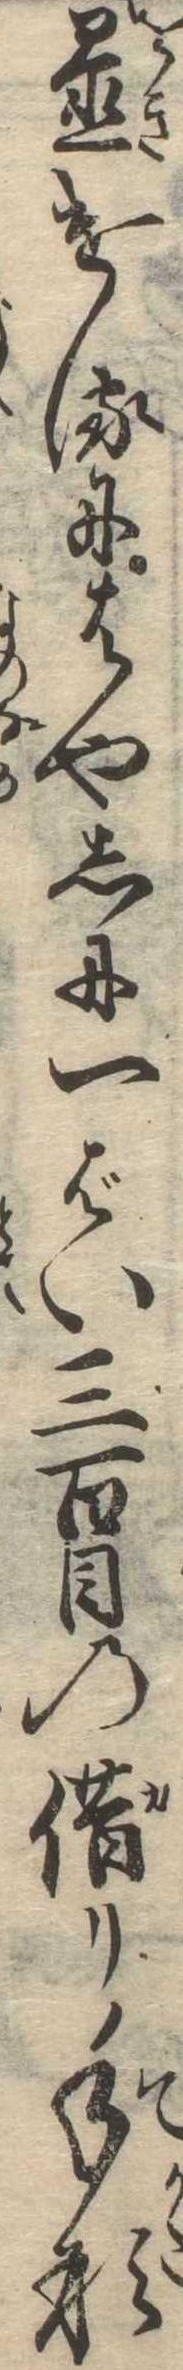
置けるにはやしに一ばい三百目の借り手形